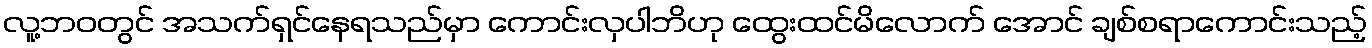
လူ့ဘဝတွင် အသက်ရှင်နေရသည်မှာ ကောင်းလှပါဘိဟု ထွေးထင်မိလောက် အောင် ချစ်စရာကောင်းသည့်